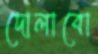
দোলাবো